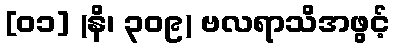
[၀၁] (နိ၊ ၃၀၉) ဗလရာသိအဖွင့်